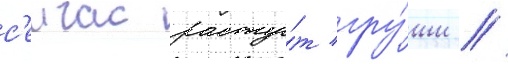
с'еичас расту́т гру́ши //